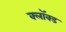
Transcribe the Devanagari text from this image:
क्लॉक्ड